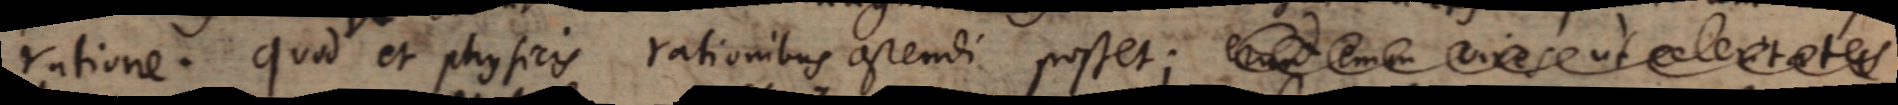
ratione. Quod et physicis rationibus ostendi posset; erunt enim vires ut celeritates